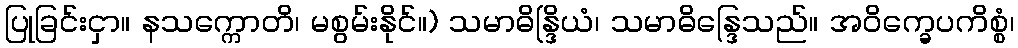
ပြုခြင်းငှာ။ နသက္ကောတိ၊ မစွမ်းနိုင်။) သမာဓိန္ဒြိယံ၊ သမာဓိန္ဒြေသည်။ အဝိက္ခေပကိစ္စံ၊